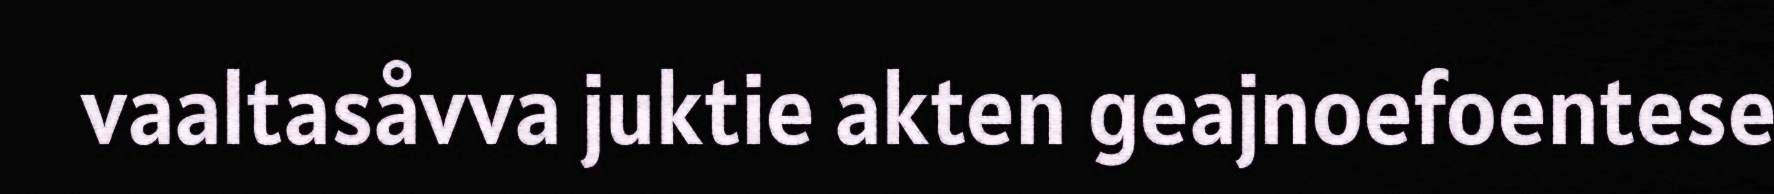
vaaltasåvva juktie akten geajnoefoentese